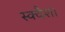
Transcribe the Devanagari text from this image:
स्क्वैश।